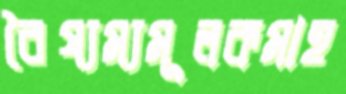
বৈষ্যম্যমূলকমাহ